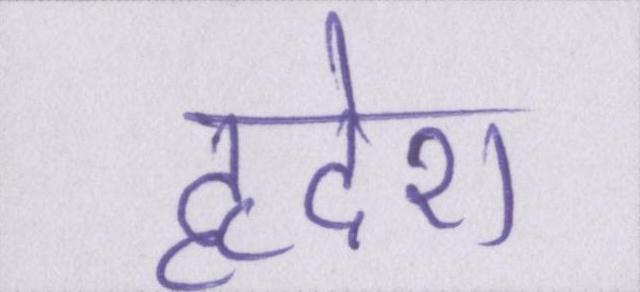
हृदेश